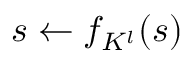
s \gets f _ { K ^ { l } } ( s )